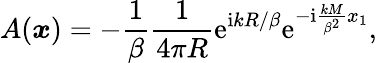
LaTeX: A(\boldsymbol{x})=-\frac{1}{\beta}\frac{1}{4\pi R}\mathrm{e}^{\mathrm{i}kR/\beta}\mathrm{e}^{-\mathrm{i}\frac{kM}{\beta^{2}}x_{1}},